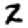
Digit: 2